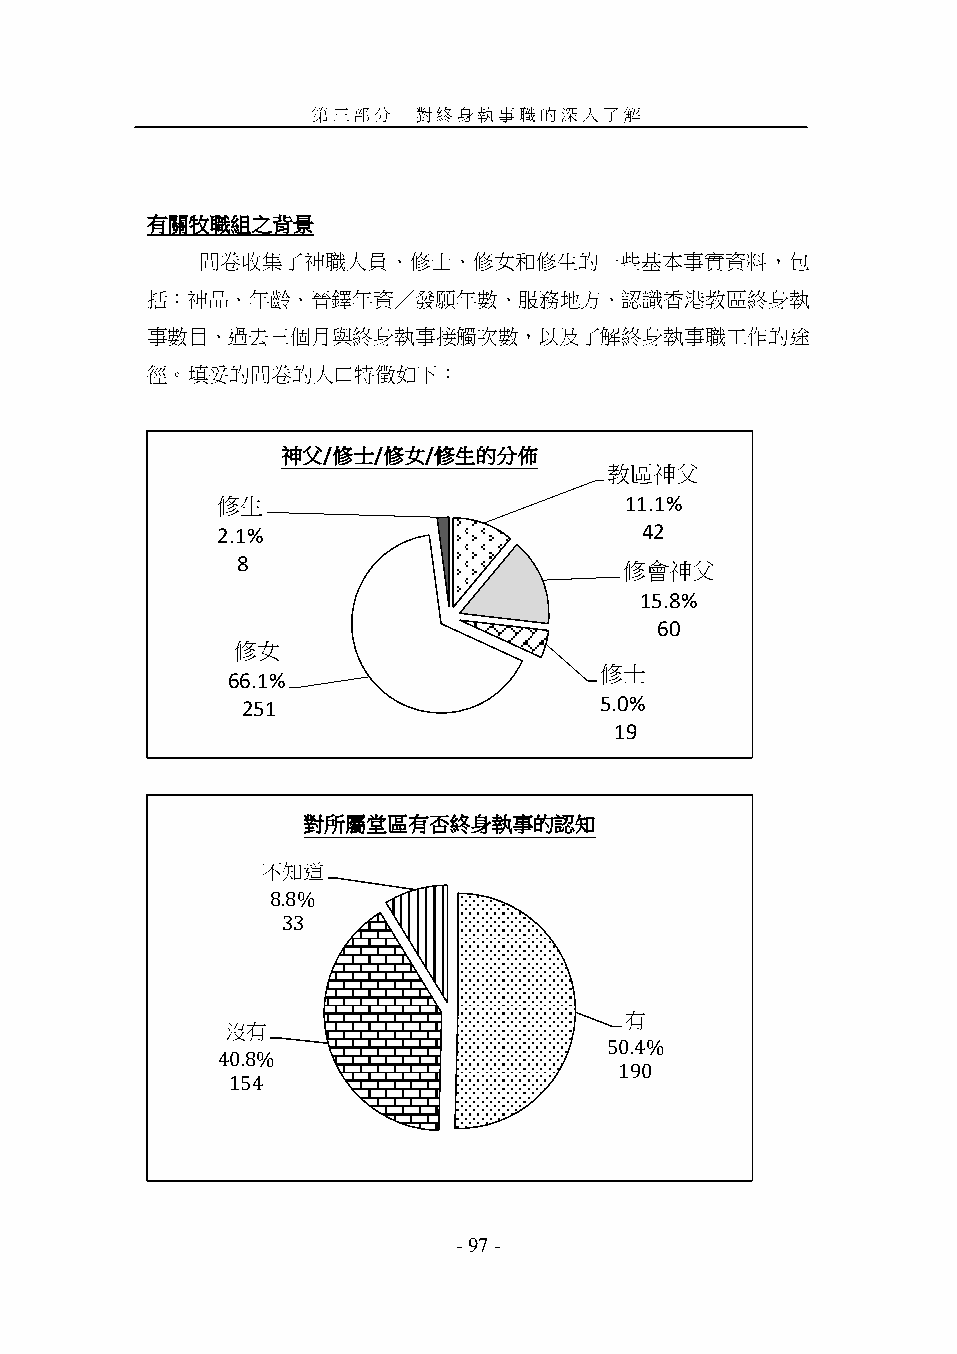
第三部分   對終身執事職的深入了解
 有關牧職組之背景
 問卷收集了神職人員、修士、修女和修生的一些基本事實資料，包
 括：神品、年齡、晉鐸年資／發願年數、服務地方、認識香港教區終身執
 事數目、過去三個月與終身執事接觸次數，以及了解終身執事職工作的途
 徑。填妥的問卷的人口特徵如下：
 神父/修士/修女/修生的分佈
 教區神父
 修生                         11.1%
 2.1%                        42
 8                        修會神父
 15.8%
 60
 修女
 修士
 66.1%
 251                     5.0%
 19
 對所屬堂區有否終身執事的認知
 不知道
 8.8%
 33
 有
 沒有
 50.4%
 40.8%
 190
 154
 - 97 -